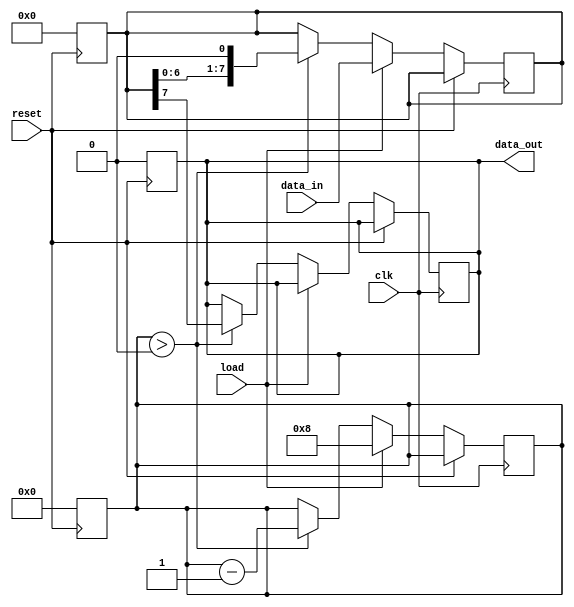
module PISO_Register #(
    parameter width = 8  // Parameter to define the width of the register
)(
    input wire [width-1:0] data_in,  // Parallel input data
    input wire load,                  // Load control signal
    input wire clk,                   // Clock signal
    input wire reset,                 // Asynchronous reset signal
    output reg data_out               // Serial output data
);

    reg [width-1:0] shift_reg;        // Internal shift register
    reg [3:0] count;                  // Bit counter for shifting

    // Asynchronous reset
    always @(posedge reset) begin
        shift_reg <= 0;               // Clear shift register
        data_out <= 0;                // Clear output
        count <= 0;                   // Reset bit counter
    end

    // Main operation block
    always @(posedge clk) begin
        if (reset) begin
            // Reset logic already handled
        end else if (load) begin
            // Load data into the shift register
            shift_reg <= data_in;      // Capture parallel data
            count <= width;            // Set counter to width
        end else if (count > 0) begin
            // Shift operation
            data_out <= shift_reg[width-1]; // Output MSB
            shift_reg <= {shift_reg[width-2:0], 1'b0}; // Shift left
            count <= count - 1;        // Decrement counter
        end else begin
            // If no data to shift, output remains unchanged
            data_out <= data_out;      // Hold previous output
        end
    end

endmodule